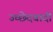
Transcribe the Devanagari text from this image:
उच्छेदवादी